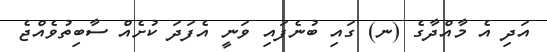
އަދި އެ މާއްދާގެ (ނ) ގައި ބުނެފައި ވަނީ އެފަދަ ކުށެއް ސާބިތުވެއްޖެ